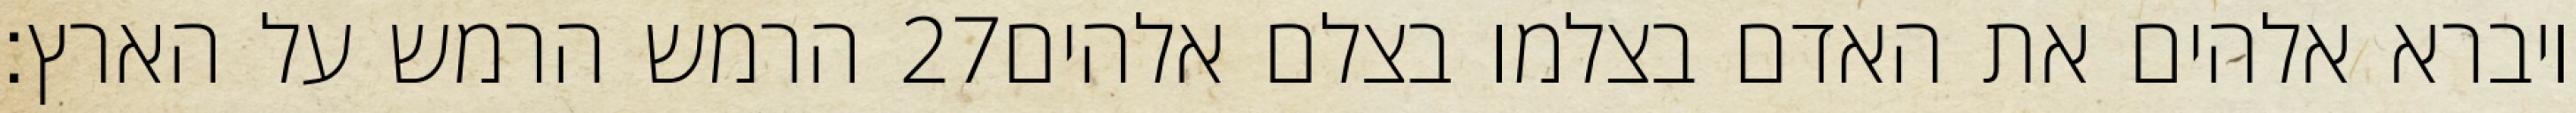
הרמש הרמש על הארץ׃ ‎27‏ ויברא אלהים את האדם בצלמו בצלם אלהים